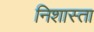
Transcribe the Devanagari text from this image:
निशास्ता